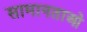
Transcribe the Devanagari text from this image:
सामानताओं